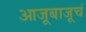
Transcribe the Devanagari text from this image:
आजूबाजूचं